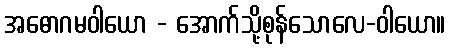
အဓောဂမဝါယော - အောက်သို့စုန်သောလေ-ဝါယော။